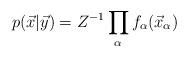
LaTeX: \begin{align*}p(\vec{x}|\vec{y})&= Z^{-1} \prod_\alpha f_\alpha(\vec{x}_\alpha)\end{align*}